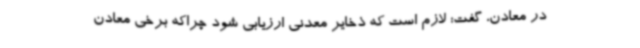
در معادن، گفت: لازم است که ذخایر معدنی ارزیابی شود چراکه برخی معادن